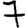
Digit: 7